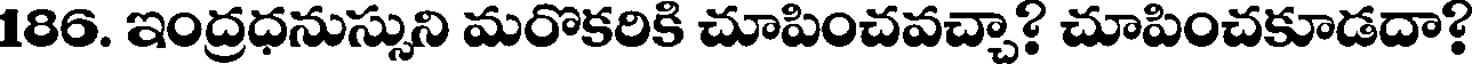
186. ఇంద్రధనుస్సుని మరొకరికి చూపించవచ్చా? చూపించకూడదా?